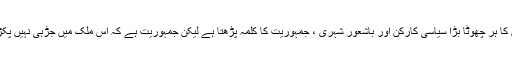
پاکستان کا ہر چھوٹا بڑا سیاسی کارکن اور باشعور شہری ، جمہوریت کا کلمہ پڑھتا ہے لیکن جمہوریت ہے کہ اس ملک میں جڑہی نہیں پکڑ سکی۔